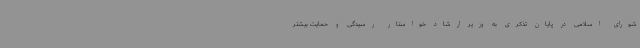
شورای اسلامی در پایان تذکری به وزیر ارشاد خواستار رسیدگی و حمایت بیشتر